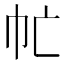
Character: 𢁣